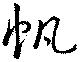
帆